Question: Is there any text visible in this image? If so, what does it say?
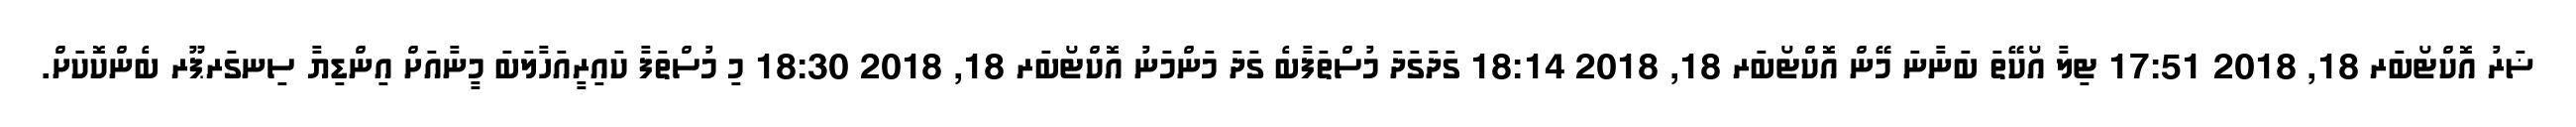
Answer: ޟަރު އޮކްޓޯބަރ 18, 2018 17:51 ޓިލާ އޯކޭތަ ބަނާނަ މޭން އޮކްޓޯބަރ 18, 2018 18:14 ގަދަގަދަ މުސްތަފާބެ ގަދަ މަންމަނު އޮކްޓޯބަރ 18, 2018 18:30 މި މުސްތަފާ ކައިރީއަހާލަބަ މީނާއަށް އިންޑިޔާ ސިނގަރޕޫރ ބެންކޮކަށް.